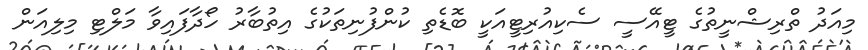
މިއަދު ތްރިޝްނީތުގެ ޓީއޭސީ ސެކިއުރިޓީއަކީ ބޮޑެތި ކުންފުނިތަކުގެ އިިތުބާރު ހޯދާފައިވާ މަލްޓި މިލިއަން